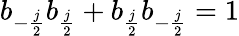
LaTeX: b_{-{\frac{j}{2}}}b_{{\frac{j}{2}}}+b_{{\frac{j}{2}}}b_{-{\frac{j}{2}}}=1